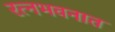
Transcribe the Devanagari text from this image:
रत्‍नभवनात